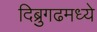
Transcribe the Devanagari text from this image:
दिब्रुगढमध्ये